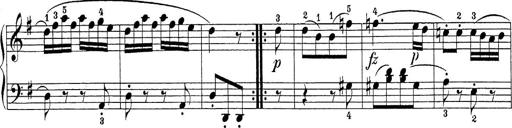
Title: Sonatina Album
Composer: Louis KÃ¶hler